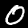
Label: 0